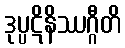
ဒုပ္ပဋိနိဿဂ္ဂီတိ